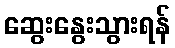
ဆွေးနွေးသွားရန်